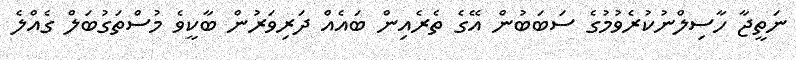
ނަތީޖާ ހާސިލްނުކުރެވުމުގެ ސަބަބުން އޭގެ ތެރެއިން ބައެއް ދަރިވަރުން ބާކީވެ މުސްތަގުބަލް ގެއްލެ